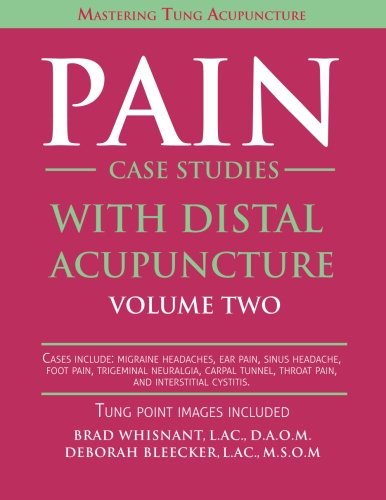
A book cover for Pain Case Studies with Distal Acupuncture - Volume Two; Brad Whisnant; Health, Fitness & Dieting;